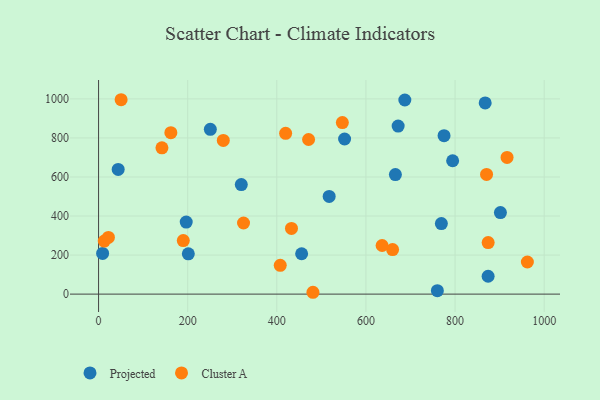
{"axis": {"x": "Speed", "y": "Sales"}, "legend": ["Cluster A", "Projected"], "data": [{"x": "250.8", "y": 844.3, "type": "Projected"}, {"x": "760.3", "y": 17.7, "type": "Projected"}, {"x": "874.2", "y": 91.5, "type": "Projected"}, {"x": "794.6", "y": 683.2, "type": "Projected"}, {"x": "672.3", "y": 860.9, "type": "Projected"}, {"x": "666.1", "y": 612.3, "type": "Projected"}, {"x": "552.1", "y": 794.6, "type": "Projected"}, {"x": "9.1", "y": 208.5, "type": "Projected"}, {"x": "775.3", "y": 811.6, "type": "Projected"}, {"x": "44.0", "y": 638.7, "type": "Projected"}, {"x": "687.3", "y": 994.5, "type": "Projected"}, {"x": "320.3", "y": 561.4, "type": "Projected"}, {"x": "867.6", "y": 979.7, "type": "Projected"}, {"x": "769.3", "y": 361.5, "type": "Projected"}, {"x": "517.5", "y": 500.6, "type": "Projected"}, {"x": "901.8", "y": 417.5, "type": "Projected"}, {"x": "196.7", "y": 369.2, "type": "Projected"}, {"x": "455.7", "y": 206.9, "type": "Projected"}, {"x": "201.4", "y": 206.3, "type": "Projected"}, {"x": "659.8", "y": 228.2, "type": "Cluster A"}, {"x": "142.2", "y": 749.3, "type": "Cluster A"}, {"x": "12.8", "y": 271.9, "type": "Cluster A"}, {"x": "874.3", "y": 264.2, "type": "Cluster A"}, {"x": "547.1", "y": 878.9, "type": "Cluster A"}, {"x": "962.3", "y": 164.4, "type": "Cluster A"}, {"x": "432.9", "y": 336.6, "type": "Cluster A"}, {"x": "916.7", "y": 700.1, "type": "Cluster A"}, {"x": "22.1", "y": 290.6, "type": "Cluster A"}, {"x": "162.2", "y": 827.3, "type": "Cluster A"}, {"x": "325.3", "y": 364.4, "type": "Cluster A"}, {"x": "870.7", "y": 613.1, "type": "Cluster A"}, {"x": "471.3", "y": 792.2, "type": "Cluster A"}, {"x": "419.8", "y": 823.6, "type": "Cluster A"}, {"x": "481.1", "y": 9.4, "type": "Cluster A"}, {"x": "636.3", "y": 249.1, "type": "Cluster A"}, {"x": "50.6", "y": 995.9, "type": "Cluster A"}, {"x": "279.9", "y": 787.2, "type": "Cluster A"}, {"x": "407.7", "y": 147.6, "type": "Cluster A"}, {"x": "190.1", "y": 274.1, "type": "Cluster A"}]}